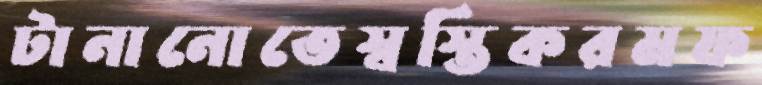
টানানোতেস্বস্তিকরমফ